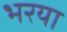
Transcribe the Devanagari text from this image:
भरया